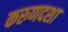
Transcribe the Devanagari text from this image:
करुणदशा